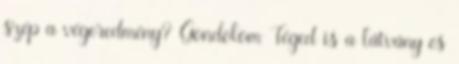
szép a végeredmény? Gondolom Téged is a látvány és